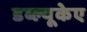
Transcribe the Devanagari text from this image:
डब्ल्यूकेए